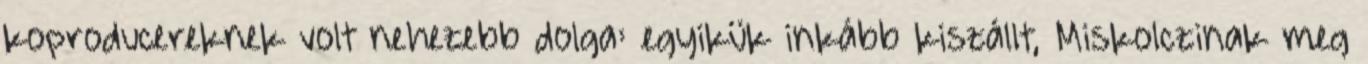
koproducereknek volt nehezebb dolga: egyikük inkább kiszállt, Miskolczinak meg